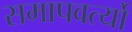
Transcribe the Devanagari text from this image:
समापवर्त्यो